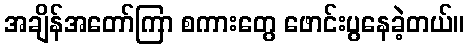
အချိန်အတော်ကြာ စကားတွေ ဖောင်းပွနေခဲ့တယ်။